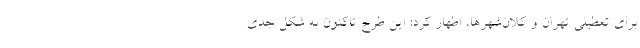
برای تعطیلی تهران و کلان‌شهرها، اظهار کرد: این طرح تاکنون به شکل جدی